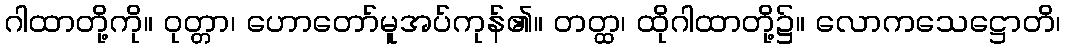
ဂါထာတို့ကို။ ဝုတ္တာ၊ ဟောတော်မူအပ်ကုန်၏။ တတ္ထ၊ ထိုဂါထာတို့၌။ လောကသေဋ္ဌောတိ၊